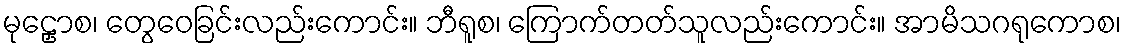
မုဠှောစ၊ တွေဝေခြင်းလည်းကောင်း။ ဘီရူစ၊ ကြောက်တတ်သူလည်းကောင်း။ အာမိသဂရုကောစ၊